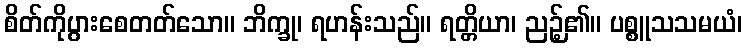
စိတ်ကိုပွားစေတတ်သော။ ဘိက္ခု၊ ရဟန်းသည်။ ရတ္တိယာ၊ ညဉ့်၏။ ပစ္စူသသမယံ၊